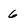
Character: 6